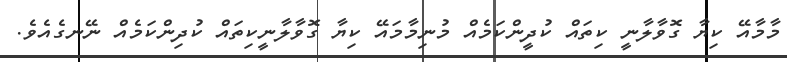
މާމާއޭ ކިޔާ ގޮވާލާނީ ކިތައް ކުދީންކަމެއް މުނިމާމައޭ ކިޔާ ގޮވާލާނީކިތައް ކުދިންކަމެއް ނޭނގެއެވެ.